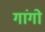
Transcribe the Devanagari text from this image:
गांगो